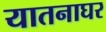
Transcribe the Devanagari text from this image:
यातनाघर